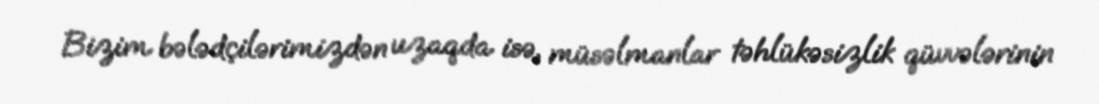
Bizim bələdçilərimizdən uzaqda isə, müsəlmanlar təhlükəsizlik qüvvələrinin